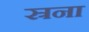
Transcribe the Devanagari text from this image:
स्रना